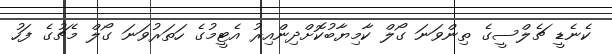
ކެނެޑީ ޗެލްސީގެ ތިންވަނަ ގޯލް ކާމިޔާބުކޮށްދިންއިރު އެޓީމުގެ ހަތަރުވަނަ ގޯލް މެޗުގެ ފަހު